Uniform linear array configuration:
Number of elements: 48
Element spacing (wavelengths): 0.25
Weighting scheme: cosine
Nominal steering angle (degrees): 0
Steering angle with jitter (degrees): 1.31
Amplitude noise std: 0.05
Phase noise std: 0.05

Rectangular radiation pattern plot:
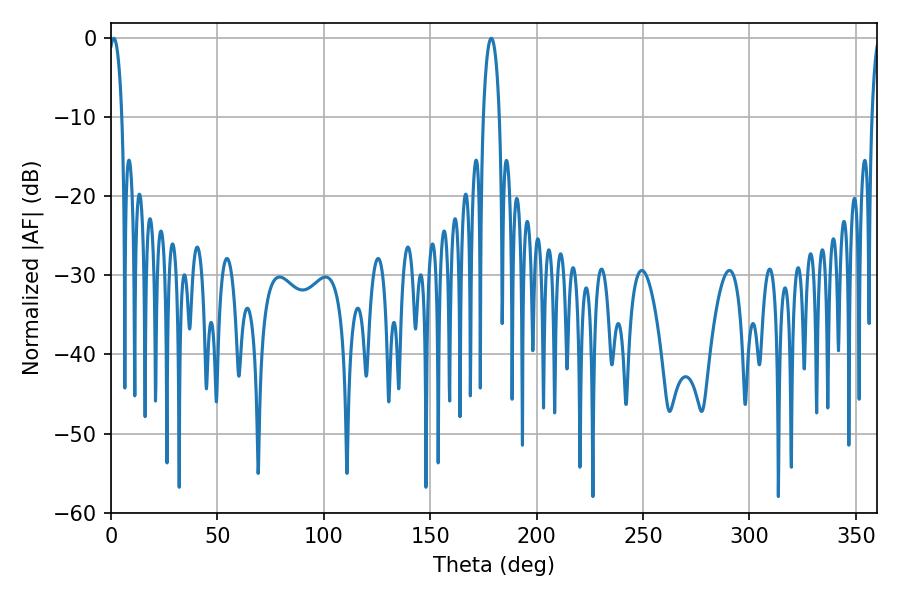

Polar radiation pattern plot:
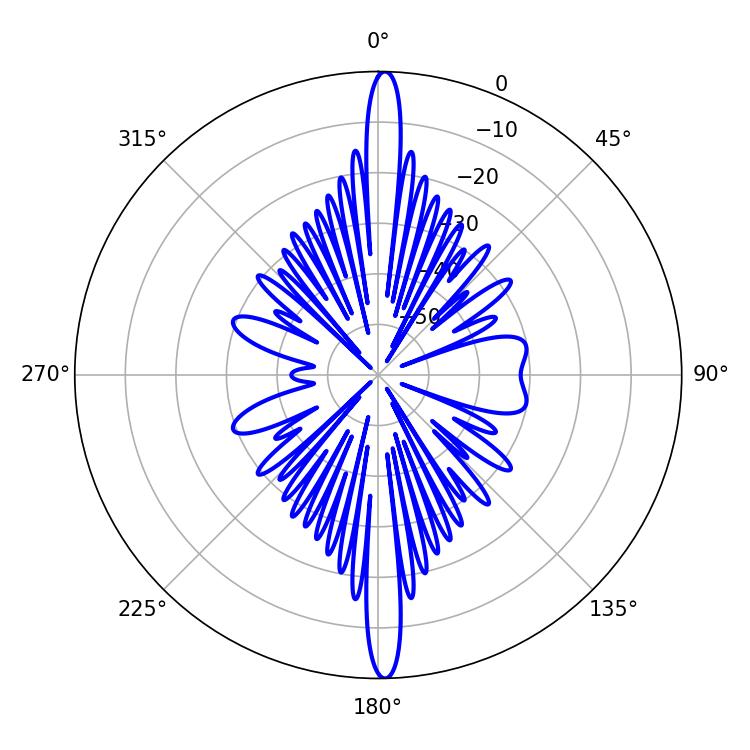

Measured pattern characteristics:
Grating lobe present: FALSE
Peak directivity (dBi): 26.768
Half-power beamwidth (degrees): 3.42
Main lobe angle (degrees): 1.26